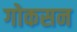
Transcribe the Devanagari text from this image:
गोकसन